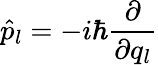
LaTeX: \hat{p}_{l}=-i\hbar\frac{\partial}{\partial q_{l}}